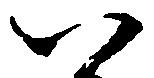
八